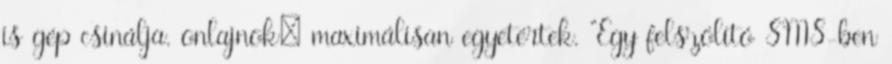
is gép csinálja. onlajnok: maximálisan egyetértek. "Egy felszólító SMS-ben